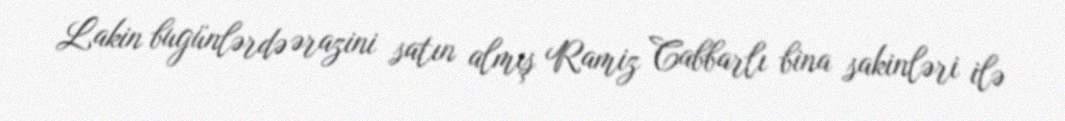
Lakin bugünlərdə ərazini satın almış Ramiz Cabbarlı bina sakinləri ilə